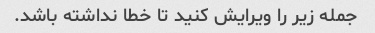
جمله زیر را ویرایش کنید تا خطا نداشته باشد.